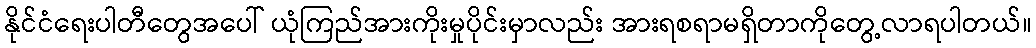
နိုင်ငံရေးပါတီတွေအပေါ် ယုံကြည်အားကိုးမှုပိုင်းမှာလည်း အားရစရာမရှိတာကိုတွေ့လာရပါတယ်။